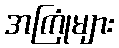
အကြုံများ